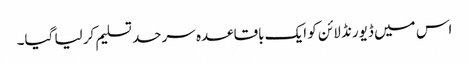
اس میں ڈیورنڈ لائن کو ایک باقاعدہ سرحد تسلیم کر لیا گیا۔